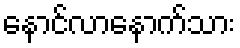
နောင်လာနောက်သား